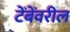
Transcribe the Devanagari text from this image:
टेंबेंवरील